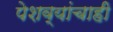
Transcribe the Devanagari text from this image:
पेशव्यांचाही